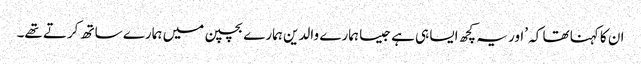
ان کا کہنا تھا کہ ’اور یہ کچھ ایسا ہی ہے جیسا ہمارے والدین ہمارے بچپن میں ہمارے ساتھ کرتے تھے۔